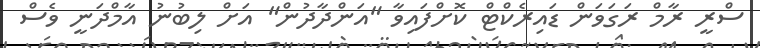
ސްރީ ރާމް ރަގަވަން ޑައިރެކްޓް ކޮށްފައިވާ "އަންދާދުން" އަށް ލިބުނު އާމްދަނީ ވެސް